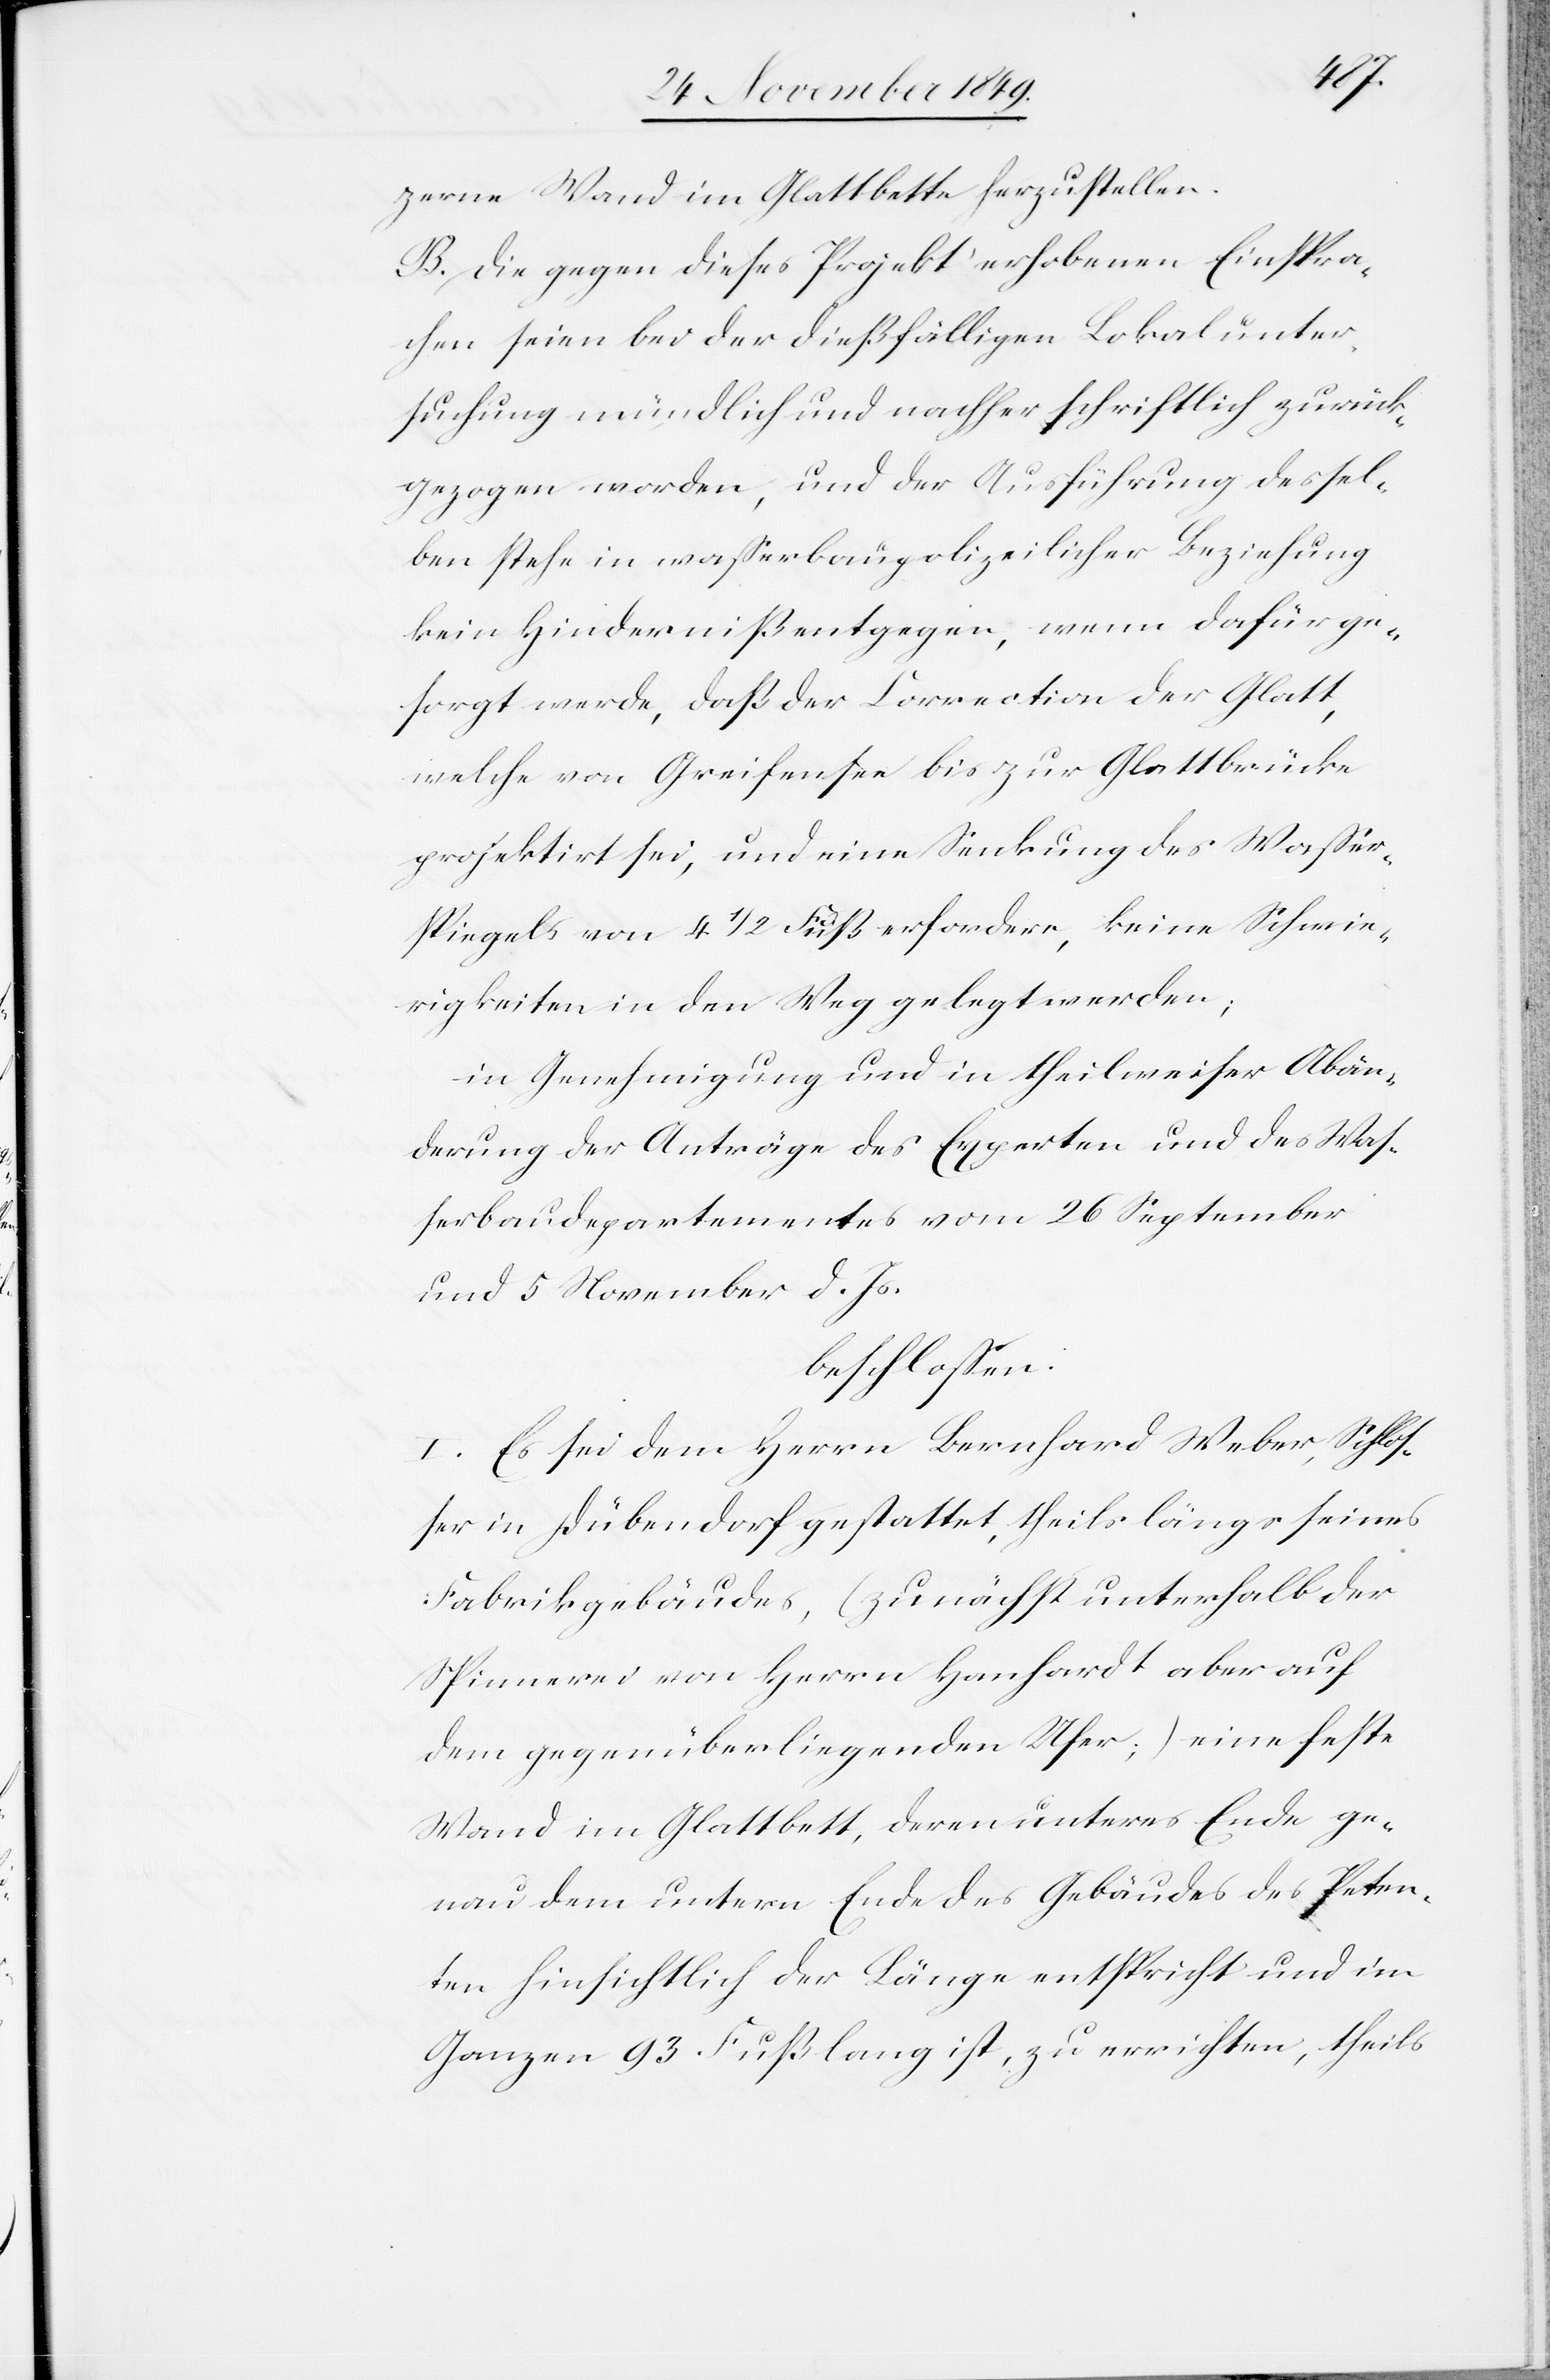
zerne Wand im Glattbette herzustellen.
B. Die gegen dieses Projekt erhobenen Einspra¬
chen seien bei der dießfälligen Lokalunter¬
suchung mündlich und nachher schriftlich zurück¬
gezogen worden, und der Ausführung dessel¬
ben stehe in waßerbaupolizeilicher Beziehung
kein Hinderniß entgegen, wenn dafür ge¬
sorgt werde, daß der Correction der Glatt,
welche von Greifensee bis zur Glattbrücke
projektirt sei, und eine Senkung des Waßer¬
spiegels von 4 1/2 Fuß erfordere, keine Schwie¬
rigkeiten in den Weg gelegt werden;
in Genehmigung und in theilweiser Abän¬
derung der Anträge des Experten und des Waß¬
erbaudepartementes vom 26 September
und 5 November d. Js.
beschloßen:
I. Es sei dem Herrn Bernhard Weber, Schlo¬
ßer in Dübendorf gestattet, theils längs seines
Fabrikgebäudes, (zunächst unterhalb der
Spinnerei von Herrn Hanhardt aber auf
dem gegenüberliegenden Ufer;) eine feste
Wand im Glattbett, deren unteres Ende ge¬
nau dem untern Ende des Gebäudes des Peten¬
ten hinsichtlich der Länge entspricht und im
Ganzen 93 Fuß lang ist, zu errichten, theils